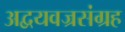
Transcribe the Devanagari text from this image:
अद्वयवज्रसंग्रह